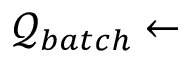
\mathcal { Q } _ { b a t c h } \leftarrow